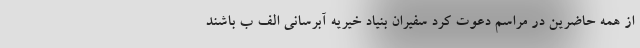
از همه حاضرین در مراسم دعوت کرد سفیران بنیاد خیریه آبرسانی الف ب باشند